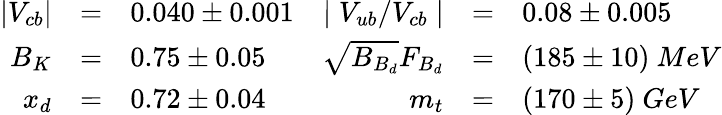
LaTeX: \begin{array}{rclrcl}{{\left|V_{cb}\right|}}&{{=}}&{{0.040\pm 0.001}}&{{\mid V_{ub}/V_{cb}\mid}}&{{=}}&{{0.08\pm 0.005}}\\ {{B_{K}}}&{{=}}&{{0.75\pm 0.05}}&{{\sqrt{B_{B_{d}}}F_{B_{d}}}}&{{=}}&{{(185\pm 10)~MeV}}\\ {{x_{d}}}&{{=}}&{{0.72\pm 0.04}}&{{m_{t}}}&{{=}}&{{(170\pm 5)~GeV}}\end{array}